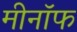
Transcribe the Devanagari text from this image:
मीनॉफ